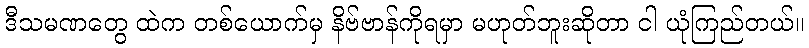
ဒီသမဏတွေ ထဲက တစ်ယောက်မှ နိဗ်ဗာန်ကိုရမှာ မဟုတ်ဘူးဆိုတာ ငါ ယုံကြည်တယ်။